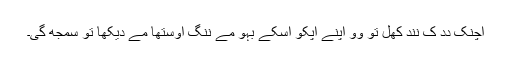
اَچنک دِدِ کِ نِند کھُلِ تو وو اَپنے اَپکو اُسکے بہو مے ننگِ اَوستھا مے دیکھا تو سمجھ گیِ۔